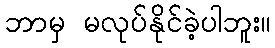
ဘာမှ မလုပ်နိုင်ခဲ့ပါဘူး။